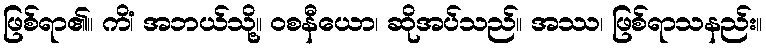
ဖြစ်ရာ၏။ ကိံ၊ အဘယ်သို့။ ဝစနီယော၊ ဆိုအပ်သည်။ အဿ၊ ဖြစ်ရာသနည်း။